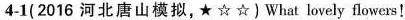
4-1( 2016 河北唐山模拟,★ ☆☆) What lovely flowers!